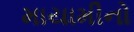
માયામીનો